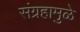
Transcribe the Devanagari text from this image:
संग्रहामुळे